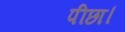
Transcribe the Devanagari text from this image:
पीछा।